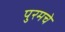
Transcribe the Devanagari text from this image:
पुरमचे